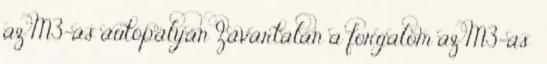
az M3-as autópályán Zavartalan a forgalom az M3-as